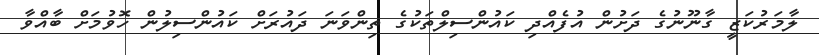
ލާމަރުކަޒީ ގާނޫނުގެ ދަށުން އުފެއްދި ކައުންސިލްތަކުގެ ތިންވަނަ ދައުރަށް ކައުންސިލުން ހޮވުމަށް ބާއްވާ